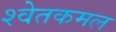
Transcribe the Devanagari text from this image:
श्वेतकमल